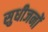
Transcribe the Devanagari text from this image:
सुधीजनों